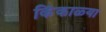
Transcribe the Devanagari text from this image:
किंकाळ्या